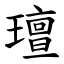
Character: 璮